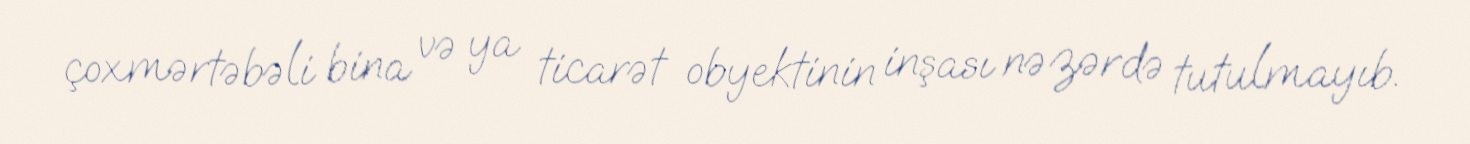
çoxmərtəbəli bina və ya ticarət obyektinin inşası nəzərdə tutulmayıb.